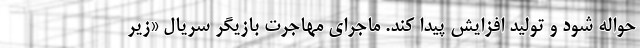
حواله شود و تولید افزایش پیدا کند. ماجرای مهاجرت بازیگر سریال «زیر